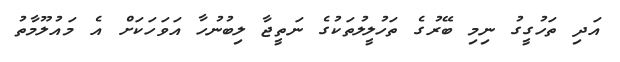
އަދި ތަހުގީގު ނިމި ބޭރުގެ ތަހުލީލުތަކުގެ ނަތީޖާ ލިބުނުހާ އަވަހަކަށް އެ މައުލޫމާތު